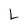
Character: L